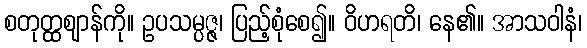
စတုတ္ထဈာန်ကို။ ဥပသမ္ပဇ္ဇ၊ ပြည့်စုံစေ၍။ ဝိဟရတိ၊ နေ၏။ အာသဝါနံ၊